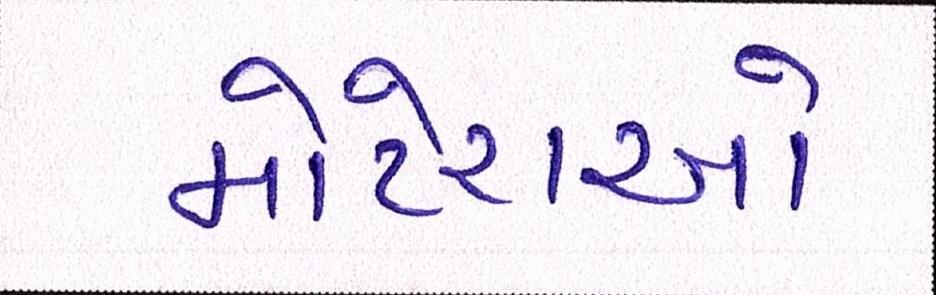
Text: મોટેરાઓ